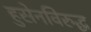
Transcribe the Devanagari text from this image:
हुसेनविरुद्ध